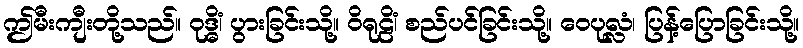
ဤမီးကျီးတို့သည်။ ဝုဒ္ဓိံ၊ ပွားခြင်းသို့။ ဝိရုဠိံ၊ စည်ပင်ခြင်းသို့။ ဝေပုလ္လံ၊ ပြန့်ပြောခြင်းသို့။